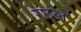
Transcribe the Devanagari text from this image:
रेछल